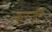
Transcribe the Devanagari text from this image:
कूर्माच्या